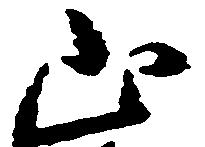
山